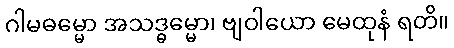
ဂါမဓမ္မော အသဒ္ဓမ္မော၊ ဗျဝါယော မေထုနံ ရတိ။